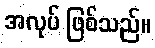
အလုပ် ဖြစ်သည်။